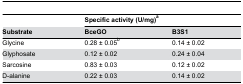
|  | <COLSPAN=2> Specific activity (U/mg)a |
 | Substrate | BceGO | B3S1 |
 | --- | --- | --- |
 | Glycine | 0.28 ± 0.05b | 0.14 ± 0.02 |
 | Glyphosate | 0.12 ± 0.02 | 0.24 ± 0.04 |
 | Sarcosine | 0.83 ± 0.03 | 0.12 ± 0.02 |
 | D-alanine | 0.22 ± 0.03 | 0.14 ± 0.02 |